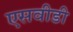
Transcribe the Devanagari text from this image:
एसवीडी